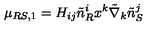
\mu _ { R S , 1 } = H _ { i j } \tilde { n } _ { R } ^ { i } x ^ { k } \tilde { \nabla } _ { k } \tilde { n } _ { S } ^ { j }